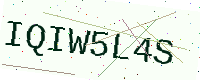
Text: IQIW5L4S